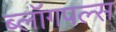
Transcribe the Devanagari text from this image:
ब्लॉगपल्स